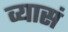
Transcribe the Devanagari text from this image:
व्यासं